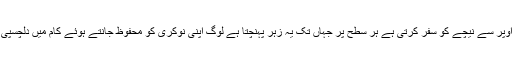
ہماری ایک کمپرومائزڈ سوسائٹی ہے جس میں کرپشن اوپر سے نیچے کو سفر کرتی ہے ہر سطح پر جہاں تک یہ زہر پہنچتا ہے لوگ اپنی نوکری کو محفوظ جانتے ہوئے کام میں دلچسپی لینا چھوڑ دیتے ہیں جس سے ادارے برباد ہو رہے ہیں۔